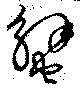
蟹